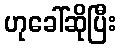
ဟုခေါ်ဆိုပြီး